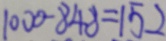
1 0 0 0 - 8 4 8 = 1 5 2